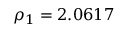
\rho _ { 1 } = 2 . 0 6 1 7